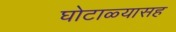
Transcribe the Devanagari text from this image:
घोटाळ्यासह